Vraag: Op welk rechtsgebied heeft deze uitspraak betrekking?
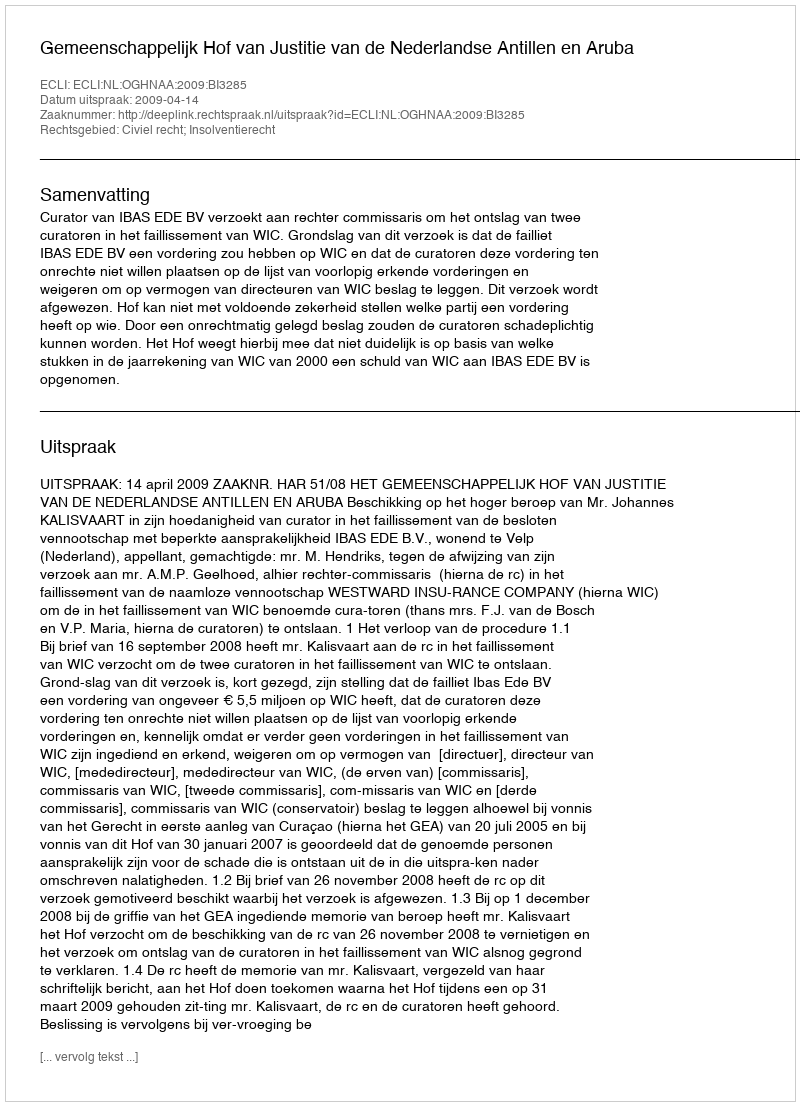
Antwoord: Civiel recht; Insolventierecht